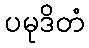
ပမုဒိတံ